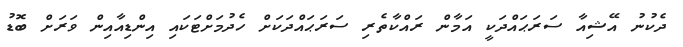
ދެކުނު އޭޝިއާ ސަރަޙައްދަކީ އަމާން ރައްކާތެރި ސަރަޙައްދަކަށް ހެދުމަށްޓަކައި އިންޑިއާއިން ވަރަށް ބޮޑު